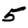
Digit: 5